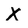
Character: X